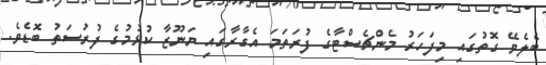
ބެލެވޭ ގޮތުގައި މިފަހަރު މެންޗެސްޓާގެ ފުރަތަމަ އެގާރާގައި ޔަނޫޒާ ކުޅުމުގެ ފުރުސަތު ބޮޑެވެ.